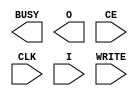
// $Header: /devl/xcs/repo/env/Databases/CAEInterfaces/verunilibs/data/virtex4/ICAP_VIRTEX4.v,v 1.4 2007/06/06 22:14:07 fphillip Exp $
///////////////////////////////////////////////////////////////////////////////
// Copyright (c) 1995/2004 Xilinx, Inc.
// All Right Reserved.
///////////////////////////////////////////////////////////////////////////////
//   ____  ____
//  /   /\/   /
// /___/  \  /    Vendor : Xilinx
// \   \   \/     Version : 10.1
//  \   \         Description : Xilinx Functional Simulation Library Component
//  /   /                  Internal Configuration Access Port for Virtex4
// /___/   /\     Filename : ICAP_VIRTEX4.v
// \   \  /  \    Timestamp : Thu Mar 25 16:43:51 PST 2004
//  \___\/\___\
//
// Revision:
//    03/23/04 - Initial version.
//    06/06/07 - Fixed timescale values
// End Revision


`timescale  1 ps / 1 ps


module ICAP_VIRTEX4 (BUSY, O, CE, CLK, I, WRITE);

    output BUSY;
    output [31:0] O;

    input  CE, CLK, WRITE;
    input  [31:0] I;

    parameter ICAP_WIDTH = "X8";
    
endmodule